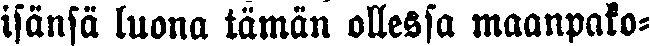
isänsä luona tämän ollessa maanpako-